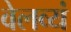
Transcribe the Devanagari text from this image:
वेलव्यं